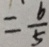
= \frac { 6 } { 5 }